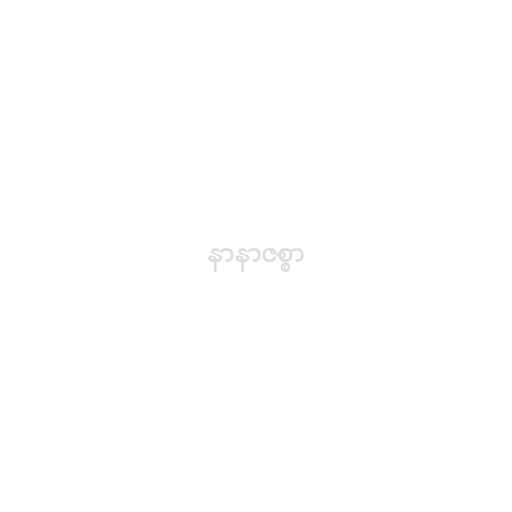
နာနာဇစ္စာ